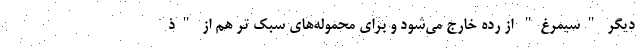
دیگر "سیمرغ" از رده خارج می‌شود و برای محموله‌های سبک تر هم از "ذ